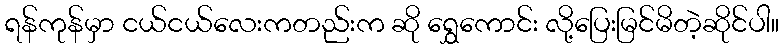
ရန်ကုန်မှာ ငယ်ငယ်လေးကတည်းက ဆို ရွှေကောင်း လို့ပြေးမြင်မိတဲ့ဆိုင်ပါ။